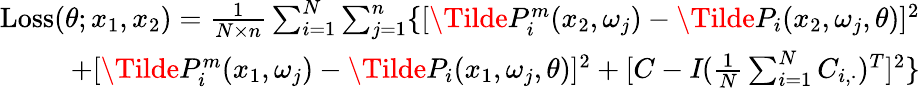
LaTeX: \begin{array}{r}{\mathrm{Loss}(\theta;x_{1},x_{2})=\frac{1}{N\times n}\sum_{i=1}^{N}\sum_{j=1}^{n}\{ [\Tilde{P}_{i}^{m}(x_{2},\omega_{j})-\Tilde{P}_{i}(x_{2},\omega_{j},\theta)]^{2}}\\ {+[\Tilde{P}_{i}^{m}(x_{1},\omega_{j})-\Tilde{P}_{i}(x_{1},\omega_{j},\theta)]^{2}+[C-\textit{I}(\frac{1}{N}\sum_{i=1}^{N}C_{i,\cdot})^{T}]^{2}\} }\end{array}